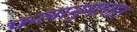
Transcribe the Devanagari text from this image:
फलानुमानात